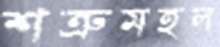
শত্রুমহল